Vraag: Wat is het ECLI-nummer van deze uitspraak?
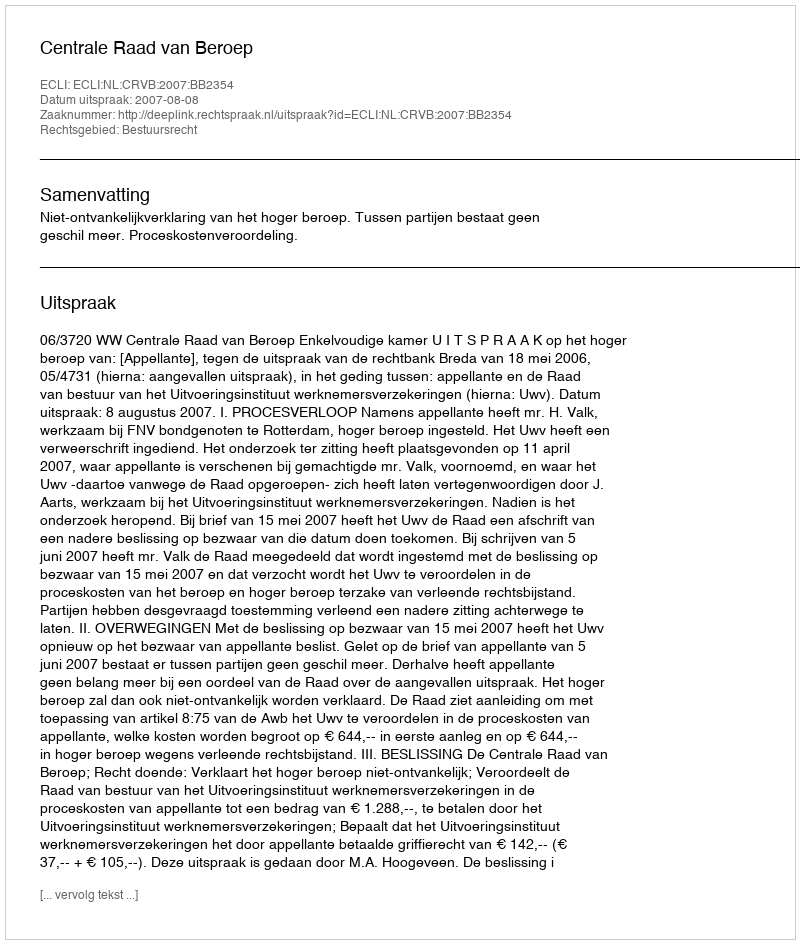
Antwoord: ECLI:NL:CRVB:2007:BB2354